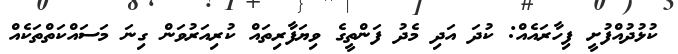
ކުޅުދުއްފުށީ ފިހާރައެއް: ކުދަ އަދި މެދު ފަންތީގެ ވިޔަފާރިތައް ކުރިއަރުވަން ގިނަ މަސައްކަތްތަކެއް